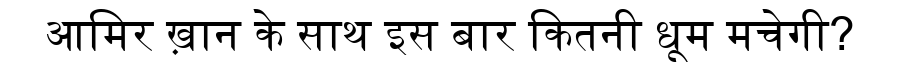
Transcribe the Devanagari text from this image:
आमिर ख़ान के साथ इस बार कितनी धूम मचेगी?